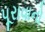
પૂરાવાનો